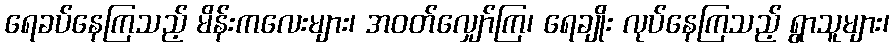
ရေခပ်နေကြသည့် မိန်းကလေးများ၊ အဝတ်လျှော်ကြ၊ ရေချိုး လုပ်နေကြသည့် ရွာသူများ၊